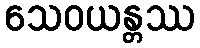
သေဝယန္တဿ